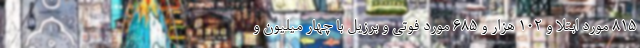
۸۱۵ مورد ابتلا و ۱۰۲ هزار و ۶۸۵ مورد فوتی و برزیل با چهار میلیون و